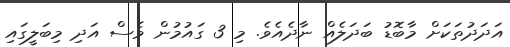
އަދަދުތަކަށް މާބޮޑު ބަދަލެއް ނާދެއެވެ. މި 3 ގައުމުން ވެސް އަދި މިބަލީގައި